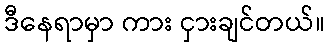
ဒီနေရာမှာ ကား ငှားချင်တယ်။